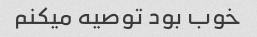
خوب بود توصیه میکنم